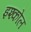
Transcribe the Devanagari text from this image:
इश्कोल